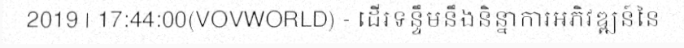
2019 | 17:44:00(VOVWORLD) - ដើរទន្ទឹមនឹងនិន្នាការអភិវឌ្ឍន៍នៃ